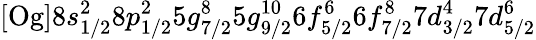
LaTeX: \mathrm{[Og]}8s_{1/2}^{2}8p_{1/2}^{2}5g_{7/2}^{8}5g_{9/2}^{10}6f_{5/2}^{6}6f_{7/2}^{8}7d_{3/2}^{4}7d_{5/2}^{6}